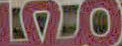
LOO